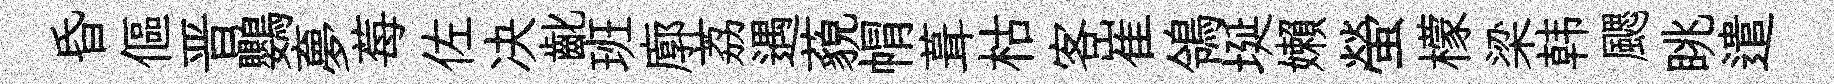
昏傴晋鸚夣莓佐决齔班廓荔遇藐㡌葺枯客崔鴒埏嬾螢檬梁韩颸眺遣